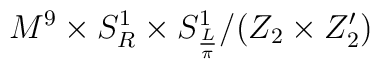
M^{9}\times S^{1}_{R}\times S^{1}_{\frac{L}{\pi }}/(Z_{2}\times Z_{2}')